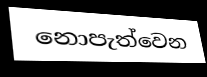
නොපැත්වෙන